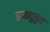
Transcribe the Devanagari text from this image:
इमादुतुल